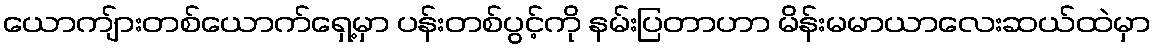
ယောကျ်ားတစ်ယောက်ရှေ့မှာ ပန်းတစ်ပွင့်ကို နမ်းပြတာဟာ မိန်းမမာယာလေးဆယ်ထဲမှာ